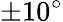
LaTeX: \pm 10^{\circ}